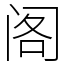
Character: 阁